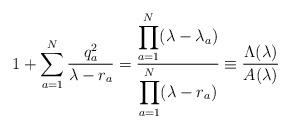
LaTeX: \begin{align*}1+\sum_{a=1}^N \frac{q_a^2}{\lambda-r_a}=\frac{\displaystyle\prod_{a=1}^N (\lambda-\lambda_a)}{\displaystyle \prod_{a=1}^N(\lambda-r_a)}\equiv \frac{\Lambda(\lambda)}{A(\lambda)}\end{align*}